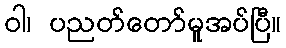
ဝါ၊ ပညတ်တော်မူအပ်ပြီ။